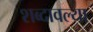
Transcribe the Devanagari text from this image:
शब्दावल्या